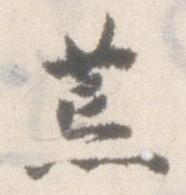
荒